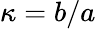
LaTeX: \kappa=b/a